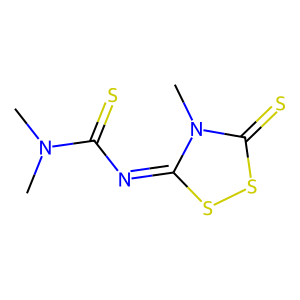
SMILES: CN(C)C(=S)N=c1ssc(=S)n1C
Inhibits HIV replication: No